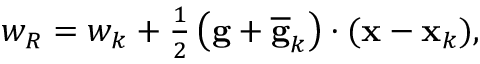
\begin{array} { r } { w _ { R } = w _ { k } + \frac { 1 } { 2 } \left( { \bf g } + \overline { { \bf g } } _ { k } \right) \cdot ( { \bf x } - { \bf x } _ { k } ) , } \end{array}